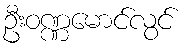
ဦးဝဏ္ဏမောင်လွင်